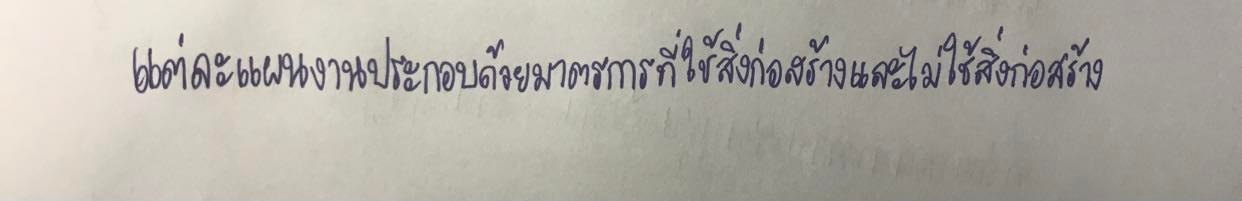
แต่ละแผนงานประกอบด้วยมาตรการที่ใช้สิ่งก่อสร้างและไม่ใช้สิ่งก่อสร้าง